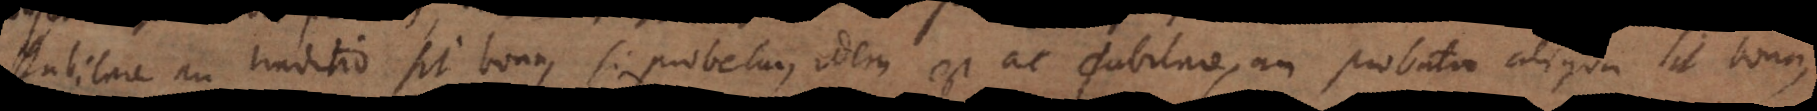
Dubitare an traditio sit bona, si probetur, idem est ac dubitare, an probata aliqua sit bona,